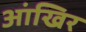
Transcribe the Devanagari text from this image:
आंखिर